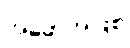
အဖော်အဖြစ်